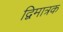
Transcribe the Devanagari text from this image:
द्विमात्रक